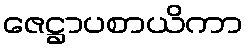
ဇေဋ္ဌာပစာယိကာ